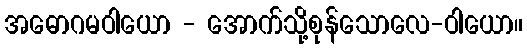
အဓောဂမဝါယော - အောက်သို့စုန်သောလေ-ဝါယော။